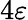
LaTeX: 4\varepsilon